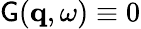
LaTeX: \mathsf{G}(\mathbf{{q}},\omega)\equiv0